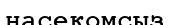
насекомсыз